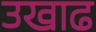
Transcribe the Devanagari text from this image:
उखाढ